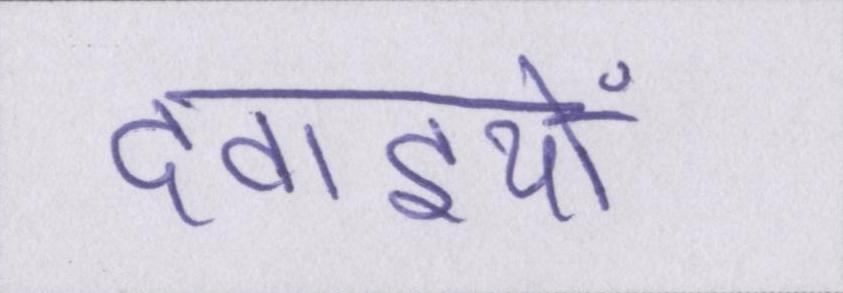
दवाइयों